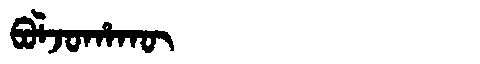
Manchu: ᠪᠣᠯᠵᠣᡥᠠᡴᡡ
Romanization: BOLJOHAKŪ